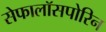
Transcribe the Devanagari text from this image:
सेफालॉसपोरिन